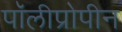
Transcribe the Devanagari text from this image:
पॉलीप्रोपीन